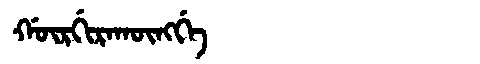
Manchu: ᡤᡡᡵᡤᡳᡵᠠᡴᡡᠩᡤᡝ
Romanization: GŪRGIRAKŪNGGE